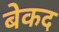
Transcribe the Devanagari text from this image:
बेकद